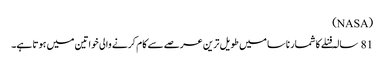
(NASA)
81 سالہ فنلے کا شمار ناسا میں طویل ترین عرصے سے کام کرنے والی خواتین میں ہوتا ہے۔